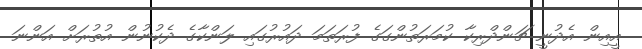
އީއިން އެދުނީ ޗަންދްރިކާ ކުމަރަތުންގަގެ ފުރަތަމަ ދައުރުގައި ލަންކާގެ ދެކުނުން އުތުރަށް އަންނަ